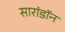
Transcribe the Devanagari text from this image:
सारांडॉन